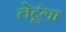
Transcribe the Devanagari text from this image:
लेटूंगा